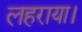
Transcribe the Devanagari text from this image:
लहराया।